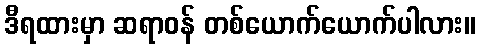
ဒီရထားမှာ ဆရာဝန် တစ်ယောက်ယောက်ပါလား။